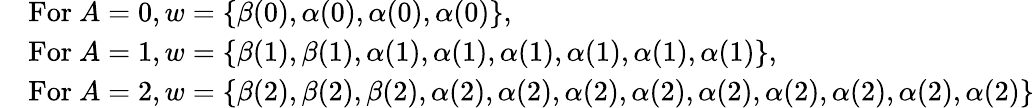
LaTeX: \begin{array}{rl}&{\mathrm{For~}A=0,w=\{ \beta(0),\alpha(0),\alpha(0),\alpha(0)\} ,}\\ &{\mathrm{For~}A=1,w=\{ \beta(1),\beta(1),\alpha(1),\alpha(1),\alpha(1),\alpha(1),\alpha(1),\alpha(1)\} ,}\\ &{\mathrm{For~}A=2,w=\{ \beta(2),\beta(2),\beta(2),\alpha(2),\alpha(2),\alpha(2),\alpha(2),\alpha(2),\alpha(2),\alpha(2),\alpha(2),\alpha(2)\} }\end{array}